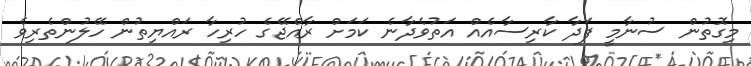
މިގޮތުން ސުނާމީ ފަދާ ކާރިސާއެއް އަތުވެދާނެ ކަމަށް ރާއްޖޭގެ ހުރިހާ ރައްޔިތުން ހޭލުންތެރިވެ